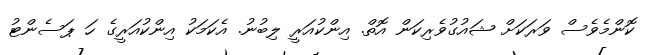
ކޮންމެވެސް ވަރަކަށް ޝައުގުވެރިކަން އޮތް. އިންކުއަރީ ލިބުނު. އެކަމަކު އިންކުއަރީގެ ހަ ޕަސެންޓު